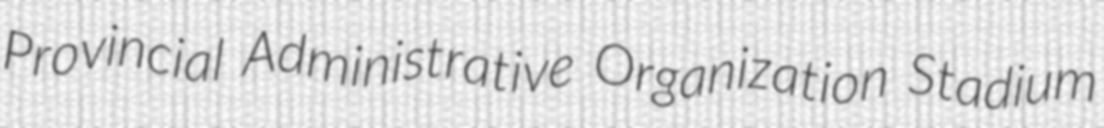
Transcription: Provincial Administrative Organization Stadium